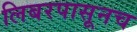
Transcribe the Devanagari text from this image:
लिबरपासूनच